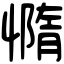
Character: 憜